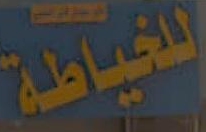
للخياطة